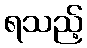
ရသည့်